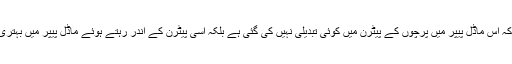
انہوں نے بتایا کہ اس ماڈل پیپر میں پرچوں کے پیٹرن میں کوئی تبدیلی نہیں کی گئی ہے بلکہ اسی پیٹرن کے اندر رہتے ہوئے ماڈل پیپر میں بہتری لائی گئی ہے۔